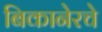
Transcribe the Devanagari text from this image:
बिकानेरचे